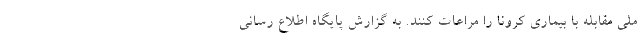
ملی مقابله با بیماری کرونا را مراعات کنند. به گزارش پایگاه اطلاع رسانی